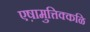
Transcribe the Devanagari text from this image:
एष़ामुत्तिक्कळि